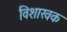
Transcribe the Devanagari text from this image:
विशाखक